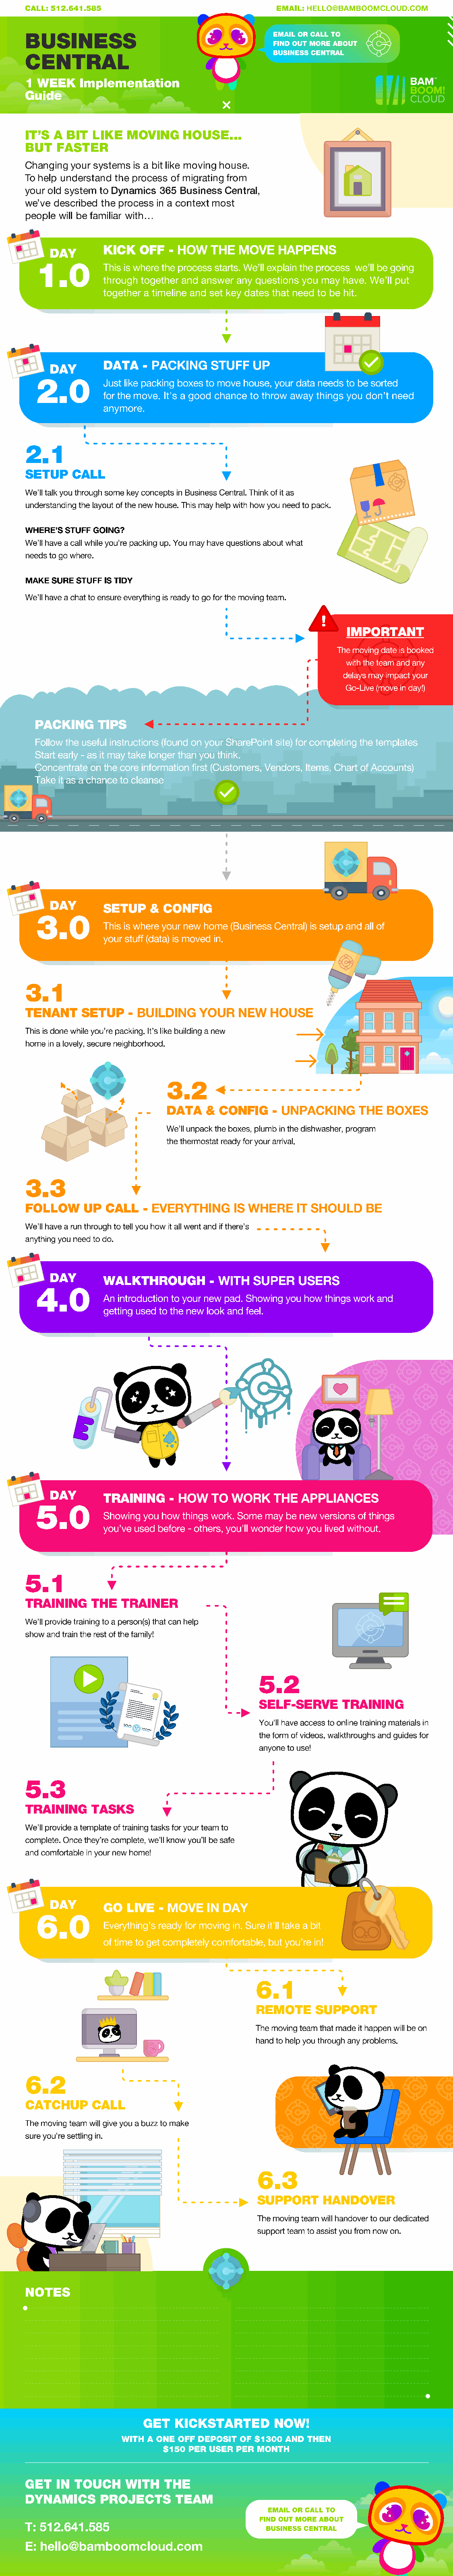
1 WEEK   Implementation                                            TM
 Guide